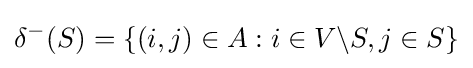
\delta ^{-}(S)=\{(i,j)\in A:i\in V\backslash S,j\in S\}